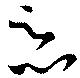
悪